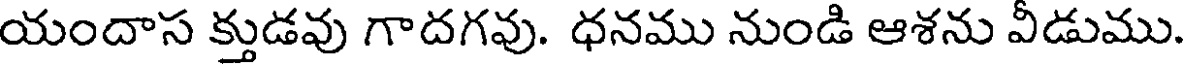
యందాస క్తుడవు గాదగవు. ధనము నుండి ఆశను వీడుము.